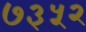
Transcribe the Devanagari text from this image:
७३५२